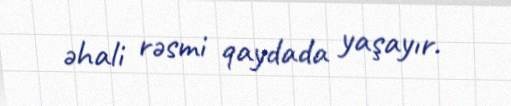
əhali rəsmi qaydada yaşayır.